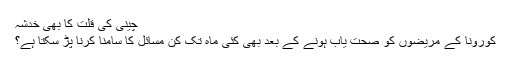
چینی کی قلت کا بھی خدشہ
کورونا کے مریضوں کو صحت یاب ہونے کے بعد بھی کئی ماہ تک کن مسائل کا سامنا کرنا پڑ سکتا ہے؟